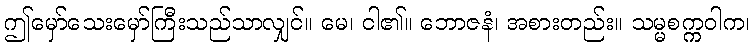
ဤမှော်သေးမှော်ကြီးသည်သာလျှင်။ မေ၊ ငါ၏။ ဘောဇနံ၊ အစားတည်း။ သမ္မစက္ကဝါက၊